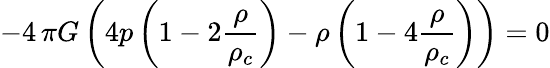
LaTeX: -4\, \pi G\left(4p\left(1-2\frac{\rho}{\rho_{c}}\right)-\rho\left(1-4\frac{\rho}{\rho_{c}}\right)\right)=0